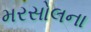
મરસોલના